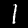
Digit: 1